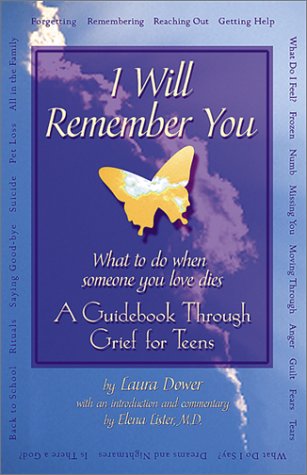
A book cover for I Will Remember You: What to Do When Someone You Love Dies - A Guidebook Through Grief for Teens; Laura Dower; Teen & Young Adult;